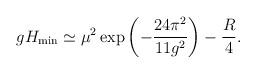
LaTeX: \begin{align*}g H_{\rm min} \simeq\mu^2 \exp\left( -{24 \pi^2 \over 11 g^2} \right) - {R \over 4} .\end{align*}